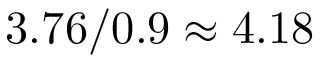
3 . 7 6 / 0 . 9 \approx 4 . 1 8